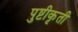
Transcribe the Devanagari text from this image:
पुष्टीकृती